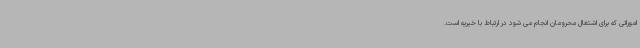
اموراتی که برای اشتغال محرومان انجام می شود در ارتباط با خیریه است.